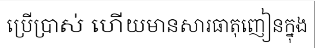
ប្រើប្រាស់ ហើយមានសារធាតុញៀនក្នុង